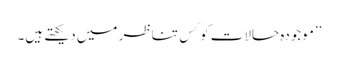
’’موجودہ حالات کو کِس تناظر میں دیکھتے ہیں۔